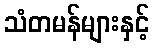
သံတမန်များနှင့်